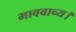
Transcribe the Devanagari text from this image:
भाववाच्य।